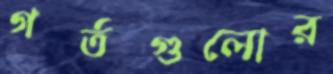
গর্তগুলোর